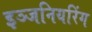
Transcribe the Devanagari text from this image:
इञ्जनियरिंग